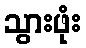
သွားဖုံး